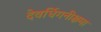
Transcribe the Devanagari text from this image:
देवर्धिगनीक्षमा